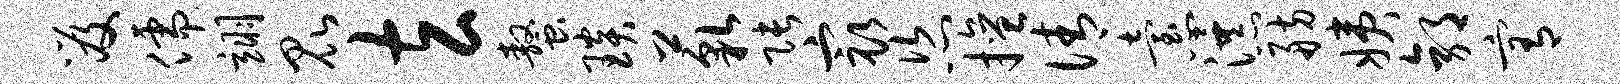
笈儒翊昆玄螯琰藐张最恣擅倩怠瀑舫姨郭宥